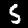
Digit: 5